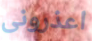
اعذرونى